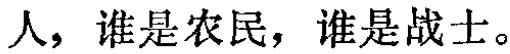
人，谁是农民，谁是战士。